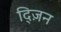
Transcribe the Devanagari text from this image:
द्ज़िन